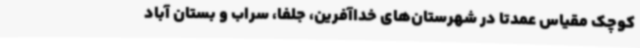
کوچک مقیاس عمدتا در شهرستان‌های خداآفرین، جلفا، سراب و بستان آباد